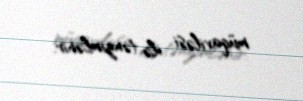
müqaviləsi ilə tənzimlənir.